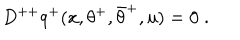
D ^ { + + } q ^ { + } ( x , \theta ^ { + } , \bar { \theta } ^ { + } , u ) = 0 \; .